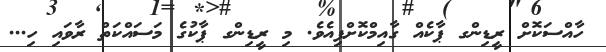
ހާއްސަކޮށް ރީޑިންގ ޕާކެއް ގާއިމްކޮށްފިއެވެ. މި ރީޑިންގ ޕާކުގެ މަސައްކަތް ރާވައި ހި...